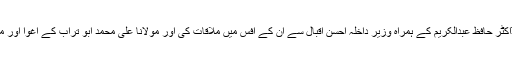
تفصیلات کے مطابق سینیٹر پروفیسر ساجد میر نے وفاقی وزیر مواصلات ڈاکٹر حافظ عبدالکریم کے ہمراہ وزیر داخلہ احسن اقبال سے ان کے آفس میں ملاقات کی اور مولانا علی محمد ابو تراب کے اغوا اور ملک بھر کے جماعتی حلقوں میں پائی جانے والی تشویش سے انہیں اگاہ کیا ۔